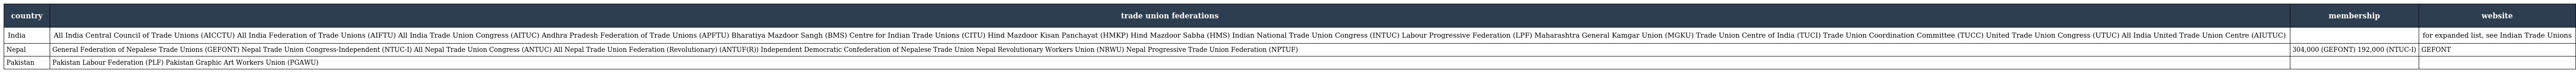
| country | trade union federations | membership | website |
 | --- | --- | --- | --- |
 | India | All India Central Council of Trade Unions (AICCTU) All India Federation of Trade Unions (AIFTU) All India Trade Union Congress (AITUC) Andhra Pradesh Federation of Trade Unions (APFTU) Bharatiya Mazdoor Sangh (BMS) Centre for Indian Trade Unions (CITU) Hind Mazdoor Kisan Panchayat (HMKP) Hind Mazdoor Sabha (HMS) Indian National Trade Union Congress (INTUC) Labour Progressive Federation (LPF) Maharashtra General Kamgar Union (MGKU) Trade Union Centre of India (TUCI) Trade Union Coordination Committee (TUCC) United Trade Union Congress (UTUC) All India United Trade Union Centre (AIUTUC) |  | for expanded list, see Indian Trade Unions |
 | Nepal | General Federation of Nepalese Trade Unions (GEFONT) Nepal Trade Union Congress-Independent (NTUC-I) All Nepal Trade Union Congress (ANTUC) All Nepal Trade Union Federation (Revolutionary) (ANTUF(R)) Independent Democratic Confederation of Nepalese Trade Union Nepal Revolutionary Workers Union (NRWU) Nepal Progressive Trade Union Federation (NPTUF) | 304,000 (GEFONT) 192,000 (NTUC-I) | GEFONT |
 | Pakistan | Pakistan Labour Federation (PLF) Pakistan Graphic Art Workers Union (PGAWU) |  |  |